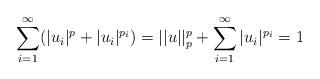
LaTeX: \begin{align*}\sum_{i=1}^\infty( |u_i|^p + |u_i|^{p_i}) =||u||_p^p+\sum_{i=1}^\infty|u_i|^{p_i} =1\end{align*}